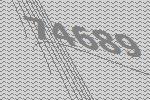
74689